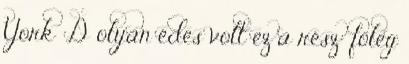
York :D olyan édes volt ez a rész: főleg